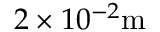
2 \times 1 0 ^ { - 2 } \mathrm { m }